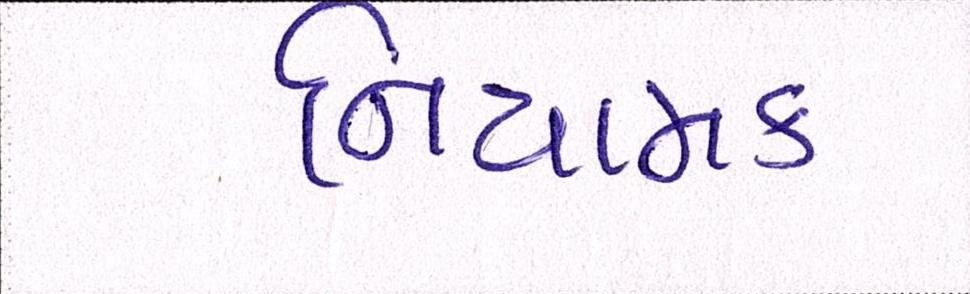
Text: નિયામક